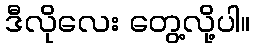
ဒီလိုလေး တွေ့လို့ပါ။